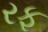
રફ